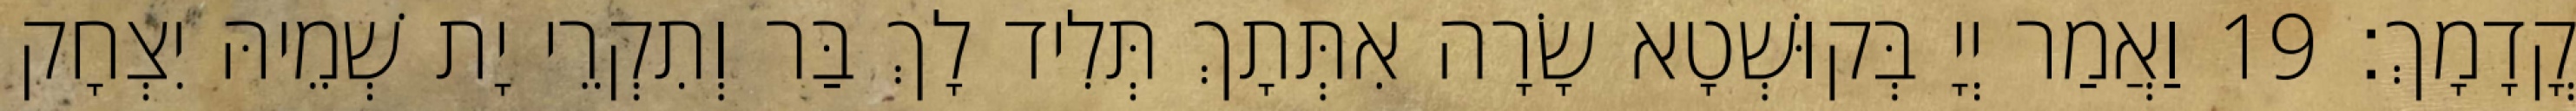
קֳדָמָךְ׃ 19 וַאֲמַר יְיָ בְּקוּשְׁטָא שָׂרָה אִתְּתָךְ תְּלִיד לָךְ בַּר וְתִקְרֵי יָת שְׁמֵיהּ יִצְחָק